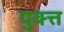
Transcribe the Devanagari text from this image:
युक्त्त